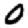
Digit: 0